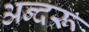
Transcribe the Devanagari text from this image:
अन्दरू